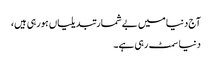
آج دنیا میں بے شمارتبدیلیاں ہورہی ہیں،
دنیا سمٹ رہی ہے۔